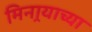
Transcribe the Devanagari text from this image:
मिनार्‍याच्या